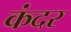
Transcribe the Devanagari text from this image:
कंदर